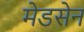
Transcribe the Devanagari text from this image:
मेडसेन